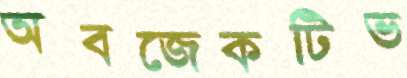
অবজেকটিভ